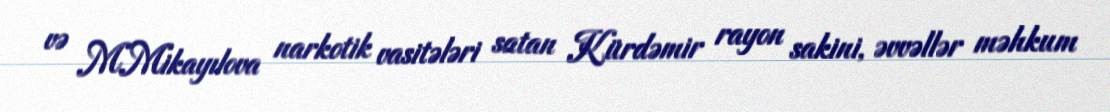
və M.Mikayılova narkotik vasitələri satan Kürdəmir rayon sakini, əvvəllər məhkum